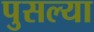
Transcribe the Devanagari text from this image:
पुसल्या